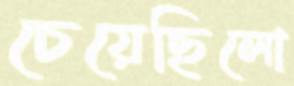
চেয়েছিলো